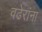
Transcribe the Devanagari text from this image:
वढेरांना